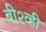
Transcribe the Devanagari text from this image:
बी२व्ही